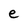
Character: e